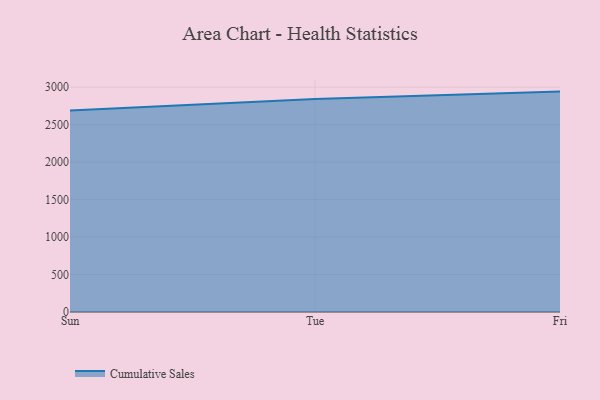
{"axis": {"x": "Day", "y": "Population (Million)"}, "legend": ["Cumulative Sales"], "data": [{"x": "Sun", "y": 2690.0, "type": "Cumulative Sales"}, {"x": "Tue", "y": 2843.0, "type": "Cumulative Sales"}, {"x": "Fri", "y": 2940.6, "type": "Cumulative Sales"}]}